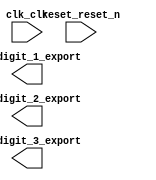

module seven_seg_counter_sys (
	clk_clk,
	pio_digit_1_export,
	pio_digit_2_export,
	pio_digit_3_export,
	reset_reset_n);	

	input		clk_clk;
	output	[3:0]	pio_digit_1_export;
	output	[3:0]	pio_digit_2_export;
	output	[3:0]	pio_digit_3_export;
	input		reset_reset_n;
endmodule